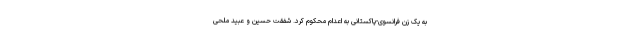
به یک زن فرانسوی-پاکستانی به اعدام محکوم کرد. شفقت حسین و عبید ملحی